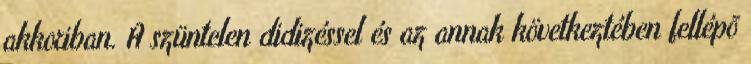
akkoriban. A szüntelen didizéssel és az annak következtében fellépõ